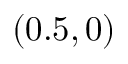
( 0 . 5 , 0 )